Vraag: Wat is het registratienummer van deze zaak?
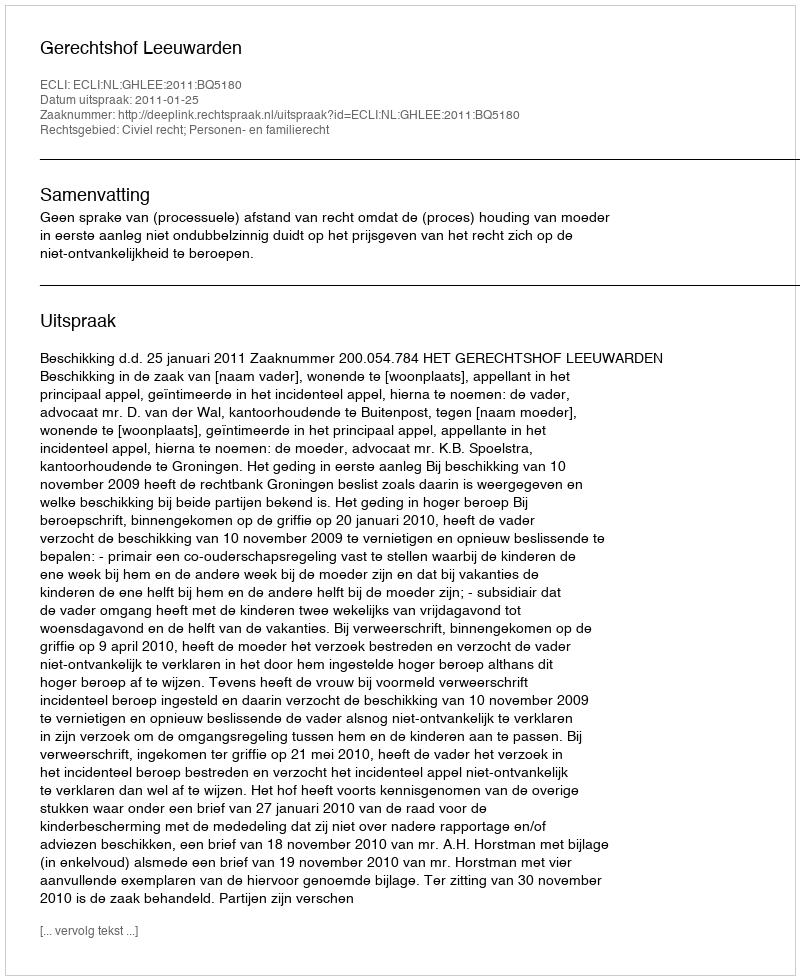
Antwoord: http://deeplink.rechtspraak.nl/uitspraak?id=ECLI:NL:GHLEE:2011:BQ5180